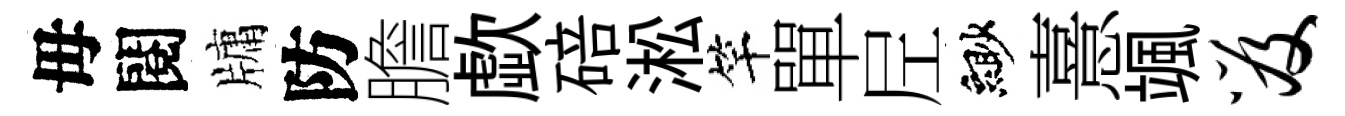
毋閱牗防膽歔碚淞竿單𡰱緲憙颯笈